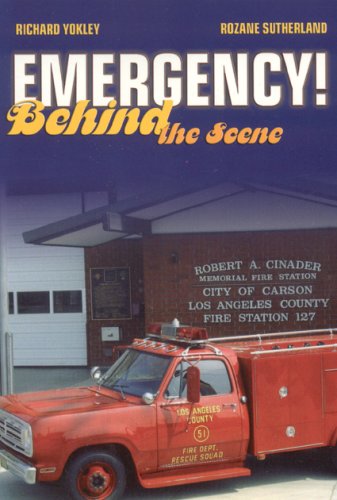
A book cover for Emergency!: Behind the Scene; Richard Yokley; Humor & Entertainment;